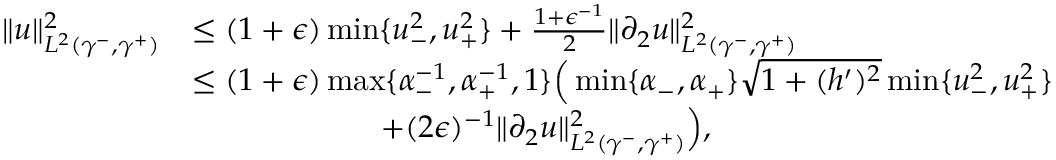
\begin{array} { r l } { \| u \| _ { L ^ { 2 } ( \gamma ^ { - } , \gamma ^ { + } ) } ^ { 2 } } & { \leq ( 1 + \epsilon ) \operatorname* { m i n } \lbrace u _ { - } ^ { 2 } , u _ { + } ^ { 2 } \rbrace + \frac { 1 + \epsilon ^ { - 1 } } { 2 } \| \partial _ { 2 } u \| _ { L ^ { 2 } ( \gamma ^ { - } , \gamma ^ { + } ) } ^ { 2 } } \\ & { \leq ( 1 + \epsilon ) \operatorname* { m a x } \lbrace \alpha _ { - } ^ { - 1 } , \alpha _ { + } ^ { - 1 } , 1 \rbrace \Big ( \operatorname* { m i n } \lbrace \alpha _ { - } , \alpha _ { + } \rbrace \sqrt { 1 + ( h ^ { \prime } ) ^ { 2 } } \operatorname* { m i n } \lbrace u _ { - } ^ { 2 } , u _ { + } ^ { 2 } \rbrace } \\ & { \qquad \qquad \qquad + ( 2 \epsilon ) ^ { - 1 } \| \partial _ { 2 } u \| _ { L ^ { 2 } ( \gamma ^ { - } , \gamma ^ { + } ) } ^ { 2 } \Big ) , } \end{array}